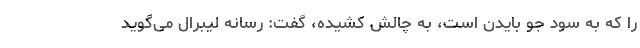
را که به سود جو بایدن است، به چالش کشیده، گفت: رسانه لیبرال می‌گوید